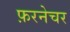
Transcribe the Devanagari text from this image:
फ़रनेचर